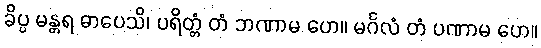
ခိပ္ပ မန္တရ ဓာပေသိ၊ ပရိတ္တံ တံ ဘဏာမ ဟေ။ မင်္ဂလံ တံ ပဏာမ ဟေ။